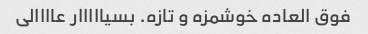
فوق العاده خوشمزه و تازه. بسیااااار عاااالی